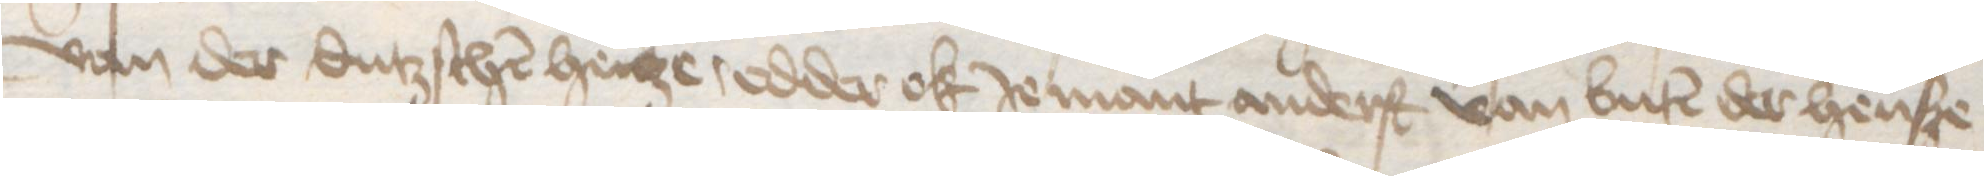
van der dutzschen henze, edder ok Jemant anderst van buten der hense